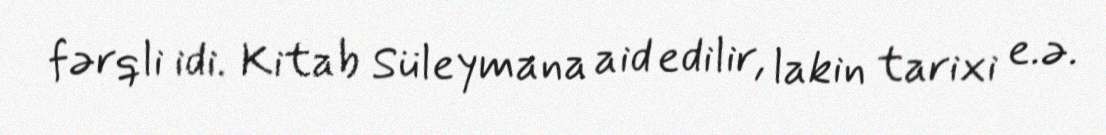
fərqli idi. Kitab Süleymana aid edilir, lakin tarixi e.ə.